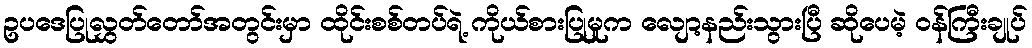
ဥပဒေပြုလွှတ်တော်အတွင်းမှာ ထိုင်းစစ်တပ်ရဲ့ ကိုယ်စားပြုမှုက လျော့နည်းသွားပြီ ဆိုပေမဲ့ ဝန်ကြီးချုပ်